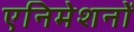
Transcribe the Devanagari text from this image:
एनिमेशनों